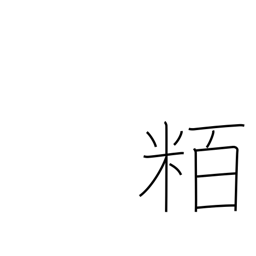
Meaning: hectometre